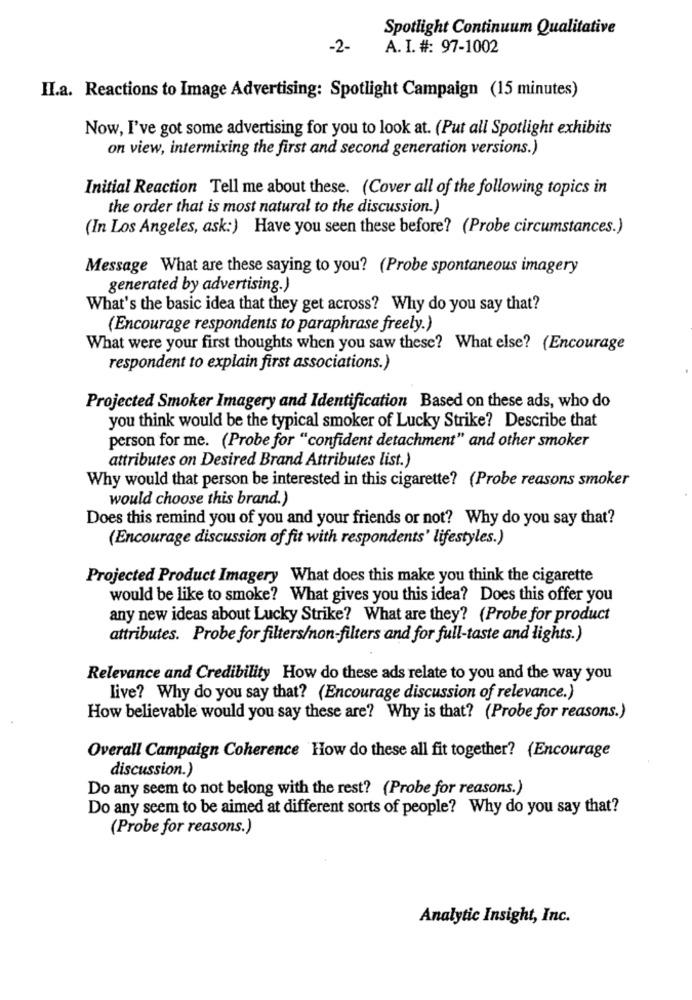
Spotlight Continuum Qualitative
-2-
A. I. #: 97-1002
II.a. Reactions to Image Advertising: Spotlight Campaign (15 minutes)
Now, I've got some advertising for you to look at. (Put all Spotlight exhibits
on view, intermixing the first and second generation versions.)
Initial Reaction Tell me about these. (Cover all of the following topics in
the order that is most natural to the discussion.)
(In Los Angeles, ask:) Have you seen these before? (Probe circumstances.)
Message What are these saying to you? (Probe spontaneous imagery
generated by advertising.)
What's the basic idea that they get across? Why do you say that?
(Encourage respondents to paraphrase freely.)
What were your first thoughts when you saw these? What else? (Encourage
respondent to explain first associations.)
Projected Smoker Imagery and Identification Based on these ads, who do
you think would be the typical smoker of Lucky Strike? Describe that
person for me. (Probe for "confident detachment" and other smoker
attributes on Desired Brand Attributes list.)
Why would that person be interested in this cigarette? (Probe reasons smoker
would choose this brand.)
Does this remind you of you and your friends or not? Why do you say that?
(Encourage discussion of fit with respondents' lifestyles.)
Projected Product Imagery What does this make you think the cigarette
would be like to smoke? What gives you this idea? Does this offer you
any new ideas about Lucky Strike? What are they? (Probe for product
attributes. Probe for filters/non-filters and for full-taste and lights.)
Relevance and Credibility How do these ads relate to you and the way you
live? Why do you say that? (Encourage discussion of relevance.)
How believable would you say these are? Why is that? (Probe for reasons.)
Overall Campaign Coherence How do these all fit together? (Encourage
discussion.)
Do any seem to not belong with the rest? (Probe for reasons.)
Do any seem to be aimed at different sorts of people? Why do you say that?
(Probe for reasons.)
Analytic Insight, Inc.